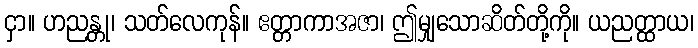
ငှာ။ ဟညန္တု၊ သတ်လေကုန်။ ဧတ္တာကာအဇာ၊ ဤမျှသောဆိတ်တို့ကို။ ယညတ္ထာယ၊